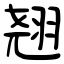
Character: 翘